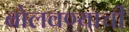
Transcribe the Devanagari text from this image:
बोलवण्याची